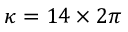
\kappa = 1 4 \times 2 \pi